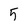
Character: 5